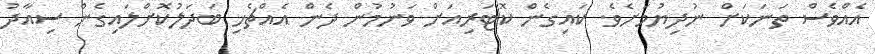
އެއްވެސް ތަނަކަށް ނުދިޔުމަށެވެ. ކައިގެން ކޮޓަރިއަށް ވަނުމުން ދެން އެއްޗެހި ބަދަލުކޮށްލައިގެން ސިއާދު